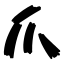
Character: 爪